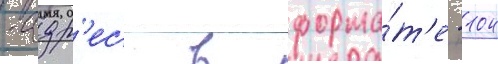
-адр'ес в форма́т'е -104